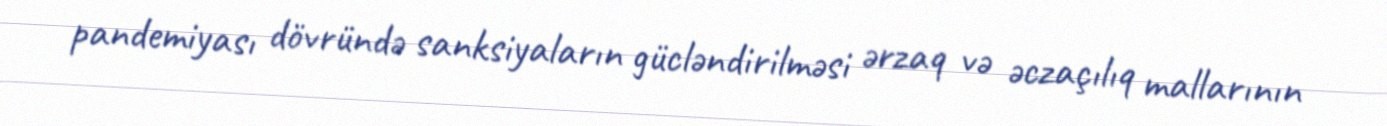
pandemiyası dövründə sanksiyaların gücləndirilməsi ərzaq və əczaçılıq mallarının